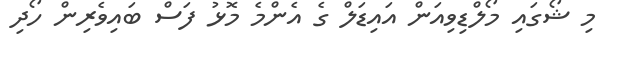
މި ޝޯގައި މޯލްޑިވިއަން އައިޑަލް ގެ އެންމެ މޮޅު ފަސް ބައިވެރިން ހޯދި